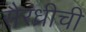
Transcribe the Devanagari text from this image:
सैरंध्रीची